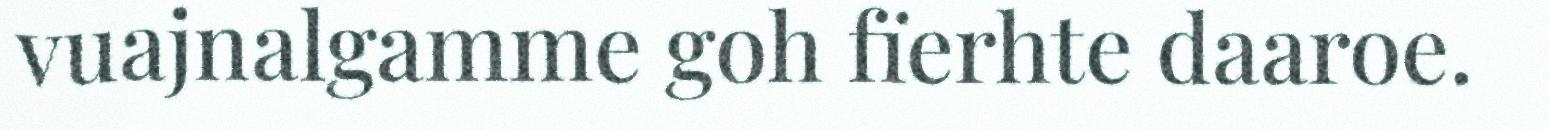
vuajnalgamme goh fïerhte daaroe.